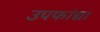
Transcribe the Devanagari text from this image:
उपफांद्या